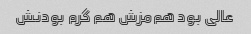
عالی بود هم‌مزش هم گرم بودنش